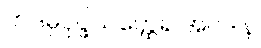
ကဒမ္ပပုပ္ဖိယတ္ထေရ အပဒါန